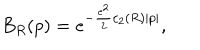
B _ { R } ( p ) = e ^ { - \frac { e ^ { 2 } } { 2 } c _ { 2 } ( R ) | p | } ,